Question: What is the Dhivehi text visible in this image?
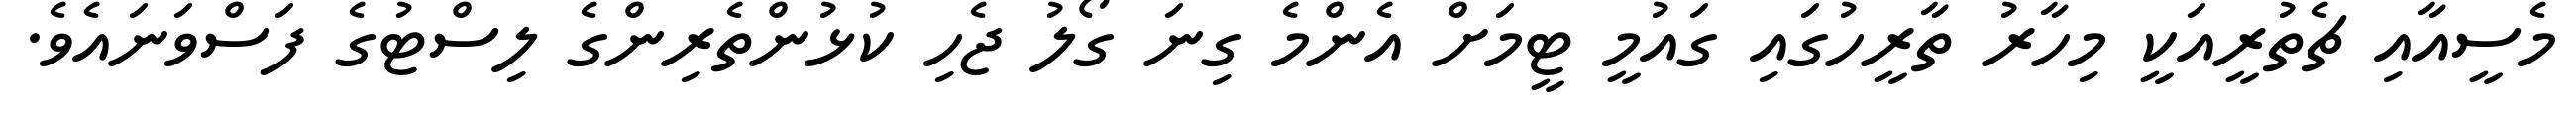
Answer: މެސީއާއި ޗެތުރީއަކީ މިހާރު ތާރީހުގައި ގައުމީ ޓީމަށް އެންމެ ގިނަ ގޯލު ޖެހި ކުޅުންތެރިންގެ ލިސްޓުގެ ފަސްވަނައެވެ.